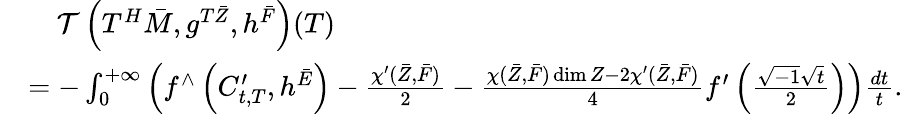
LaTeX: \begin{array}{rl}&{\ \ \ \ \mathcal{T}\left(T^{H}\bar{M},g^{T{\bar{Z}}},h^{\bar{F}}\right)(T)}\\ &{=-\int_{0}^{+\infty}\left(f^{\wedge}\left(C_{t,T}^{\prime},h^{\bar{E}}\right)-\frac{\chi^{\prime}({\bar{Z}},\bar{F})}{2}-\frac{\chi({\bar{Z}},\bar{F})\dim Z-2\chi^{\prime}({\bar{Z}},\bar{F})}{4}f^{\prime}\left(\frac{\sqrt{-1}\sqrt{t}}{2}\right)\right)\frac{dt}{t}.}\end{array}